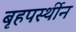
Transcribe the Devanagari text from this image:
बृहपर्स्थीन